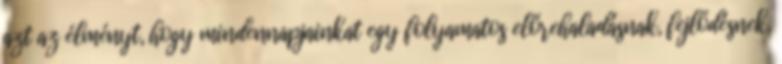
azt az élményt, hogy mindennapjainkat egy folyamatos előrehaladásnak, fejlődésnek,